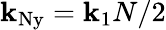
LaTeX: \mathbf{k}_{\mathrm{{Ny}}}=\mathbf{k}_{1}N/2